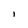
Character: l